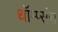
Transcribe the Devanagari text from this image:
थॉम्प्संस